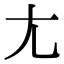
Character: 𡯁